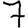
Digit: 7